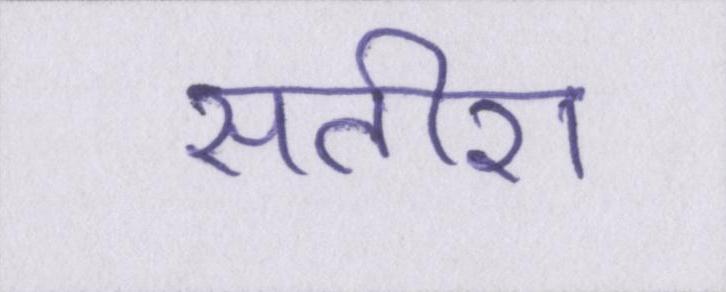
सतीश